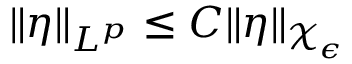
\| \eta \| _ { L ^ { p } } \le C \| \eta \| _ { \mathcal { X } _ { \epsilon } }